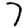
Digit: 7